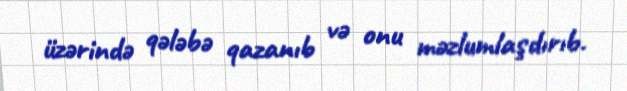
üzərində qələbə qazanıb və onu məzlumlaşdırıb.